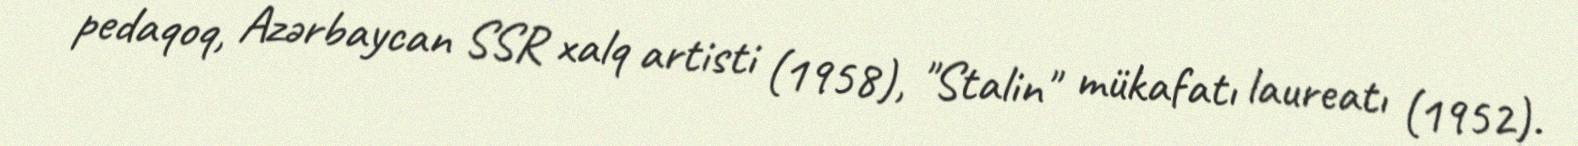
pedaqoq, Azərbaycan SSR xalq artisti (1958), "Stalin" mükafatı laureatı (1952).